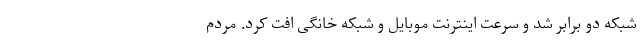
شبکه دو برابر شد و سرعت اینترنت موبایل و شبکه خانگی افت کرد. مردم